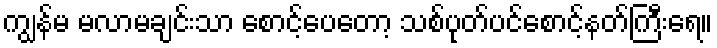
ကျွန်မ မလာမချင်းသာ စောင့်ပေတော့ သစ်ပုတ်ပင်စောင့်နတ်ကြီးရေ။